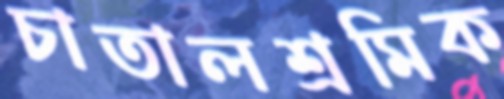
চাতালশ্রমিক